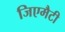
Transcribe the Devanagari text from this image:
जिएमैटी